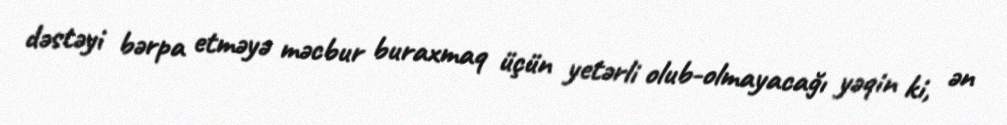
dəstəyi bərpa etməyə məcbur buraxmaq üçün yetərli olub-olmayacağı yəqin ki, ən